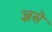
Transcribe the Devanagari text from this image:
ज्ञ्रसे